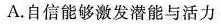
A.自信能够激发潜能与活力